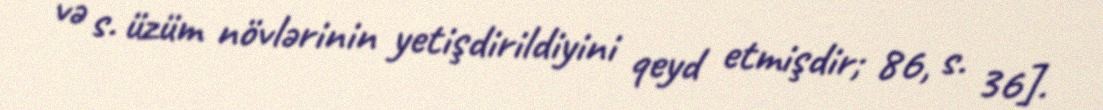
və s. üzüm növlərinin yetişdirildiyini qeyd etmişdir; 86, s. 36].